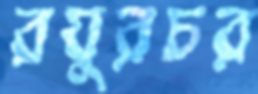
রঘুরচর